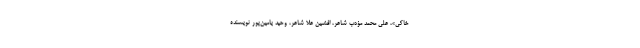
خاکی»، علی محمد مؤدب شاعر، افشین علا شاعر، وحید یامین‌پور نویسنده